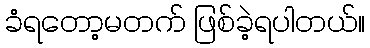
ခံရတော့မတက် ဖြစ်ခဲ့ရပါတယ်။